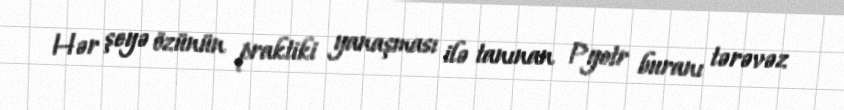
Hər şeyə özünün praktiki yanaşması ilə tanınan Pyotr buranı tərəvəz